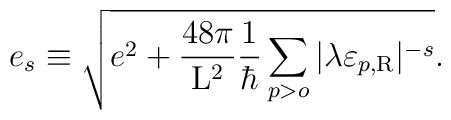
e_s \equiv \sqrt{e^2 + \frac{48\pi}{{\rm L}^2} \frac{1}{\hbar}\sum_{p>o} |\lambda \varepsilon_{p,\rm R}|^{-s}} .